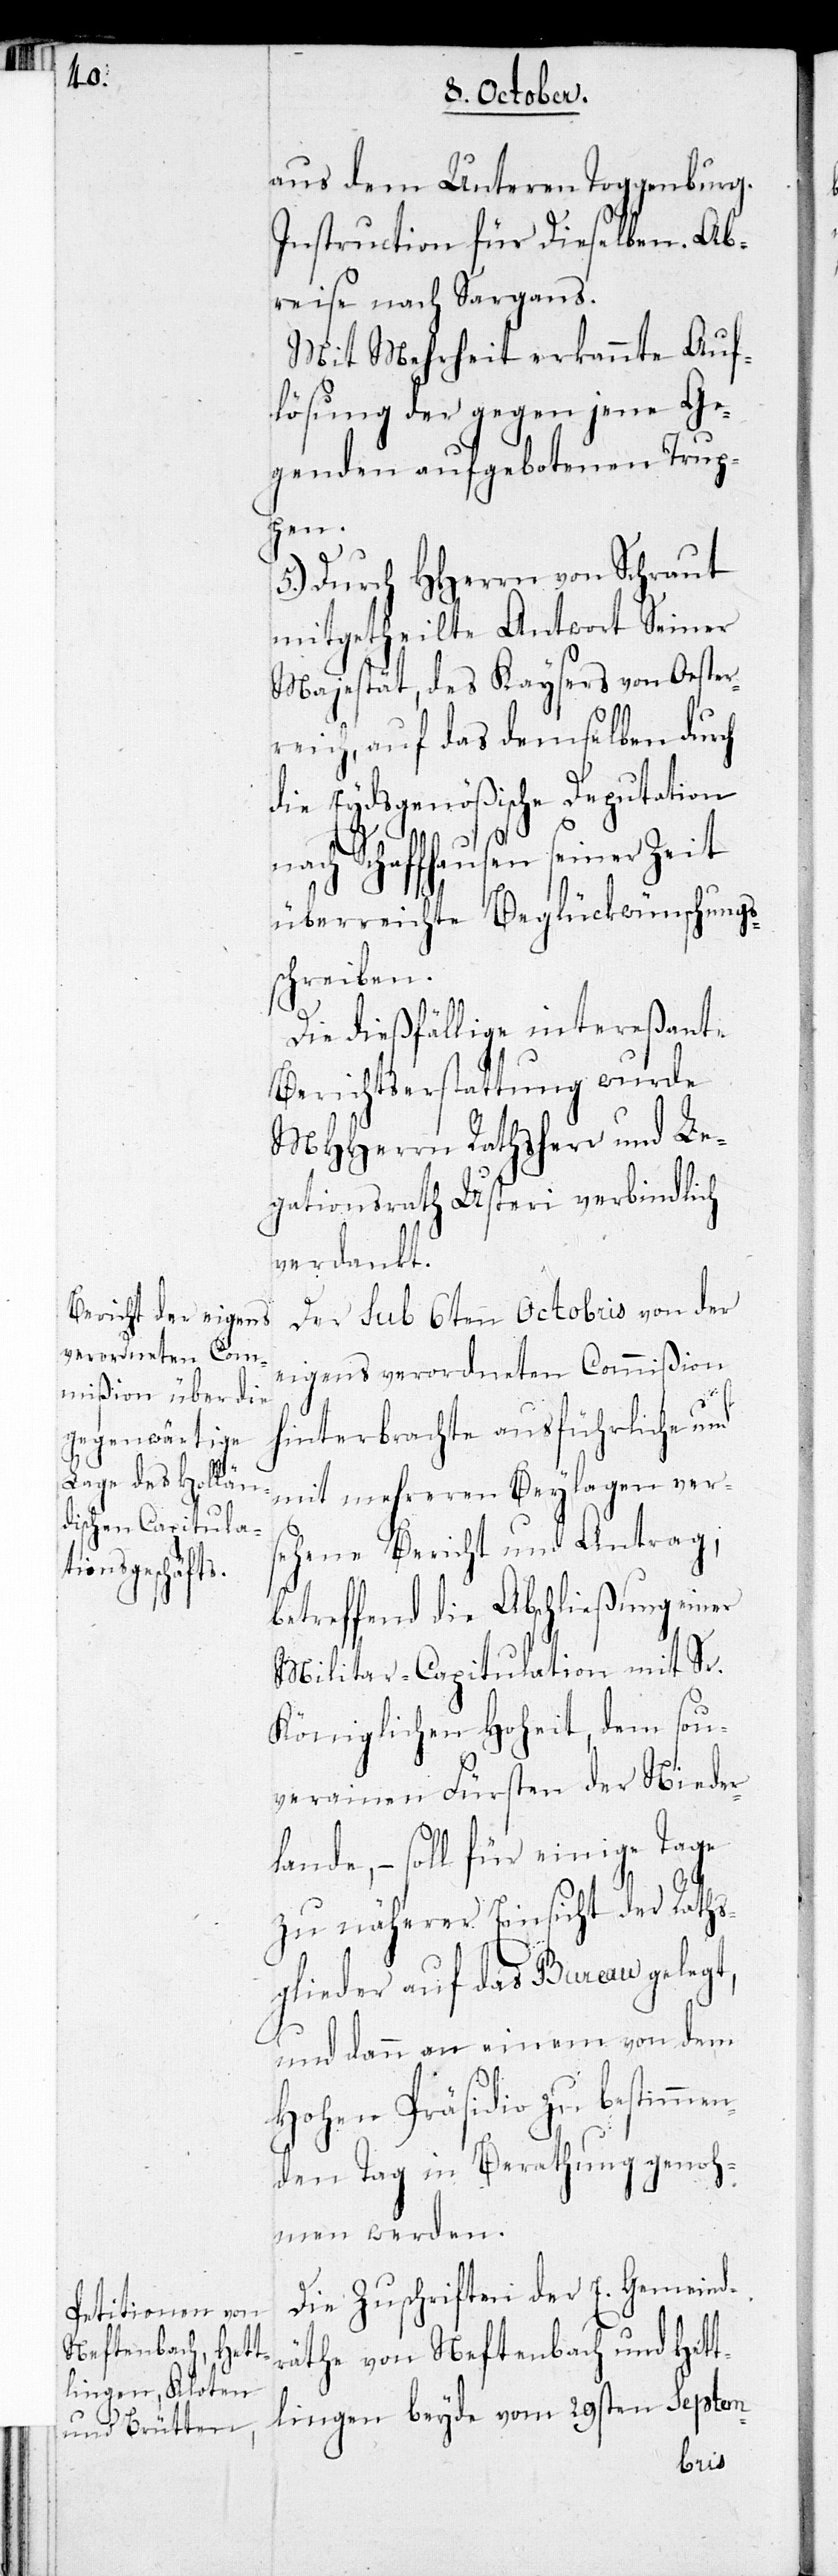
aus dem Unteren Toggenburg.
Instruction für Dieselben. Ab¬
reise nach Sargans.
Mit Mehrheit erkannte Auf¬
lösung der gegen jene Ge¬
genden aufgebotenen Trup¬
pen.
5.) Durch HHerrn von Schraut
mitgetheilte Antwort Seiner
Majestät, des Kaysers von Oester¬
reich, auf das demselben durch
die Eydsgenößische Deputation
nach Schaffhausen seiner Zeit
überreichte Beglückwünschungs¬
schreiben.
Die dießfällige intereßante
Berichtserstattung wurde
MHHerrn Rathsherr und Le¬
gationsrath Usteri verbindlich
verdankt.
Der sub 6ten Octobris von der
eigens verordneten Commißion
hinterbrachte ausführliche und
mit mehreren Beylagen vers¬
ehene Bericht und Antrag;
betreffend die Abschließung einer
Militar-Capitulation mit Sr.
Königlichen Hoheit, dem Sou¬
verainen Fürsten der Nieder¬
lande, – soll für einige Tage
zu näherer Einsicht der Raths¬
glieder auf das Bureau gelegt,
und dann an einem von dem
Hohen Präsidio zu bestimme¬
nden Tag in Berathung genoh¬
men werden.
Die Zuschriften der E. Gemeindr¬
äthe von Neftenbach und Hett¬
lingen, beyde vom 29sten Septem-